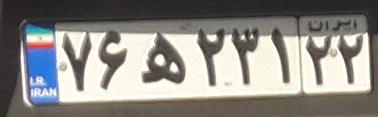
۷۶ه۲۳۱۲۲